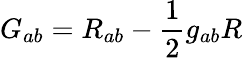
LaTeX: \displaystyle G_{ab}=R_{ab}-{\frac{1}{2}}g_{ab}R